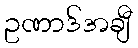
ဥဏာဒ်အချီ